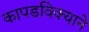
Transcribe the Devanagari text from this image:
कापडविक्याने